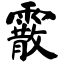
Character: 霰